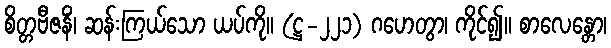
စိတ္တဗီဇနိံ၊ ဆန်းကြယ်သော ယပ်ကို။ (ဋ္ဌ-၂၂၁) ဂဟေတွာ၊ ကိုင်၍။ စာလေန္တော၊